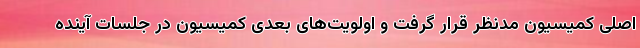
اصلی کمیسیون مدنظر قرار گرفت و اولویت‌های بعدی کمیسیون در جلسات آینده